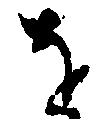
を